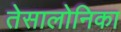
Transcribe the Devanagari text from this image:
तेसालोनिका